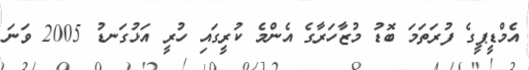
އެމްޑީޕީގެ ފުރަތަމަ ބޮޑު މުޒާހަރާގެ އެންމެ ކުރީގައި ހުރީ އަޅުގަނޑު 2005 ވަނަ